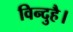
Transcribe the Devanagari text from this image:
विन्दुहै।